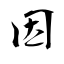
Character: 因